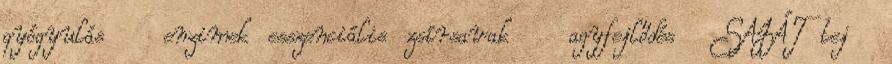
gyógyulás enzimek esszenciális zsírsavak agyfejlődés SAJÁT tej